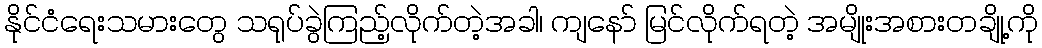
နိုင်ငံရေးသမားတွေ သရုပ်ခွဲကြည့်လိုက်တဲ့အခါ၊ ကျနော် မြင်လိုက်ရတဲ့ အမျိုးအစားတချို့ကို